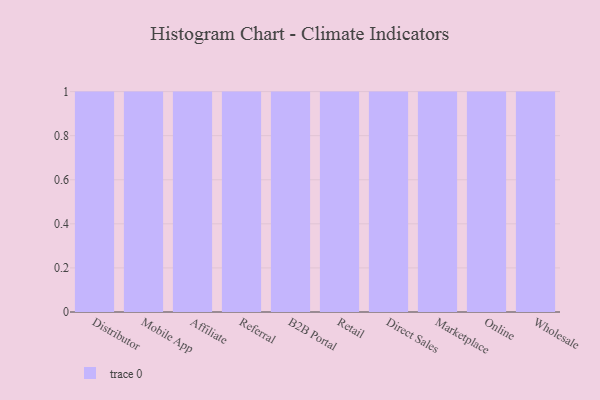
{"axis": {"x": "Channel", "y": "Demand Index"}, "legend": [""], "data": [{"x": "Distributor", "y": 62, "type": ""}, {"x": "Mobile App", "y": 32, "type": ""}, {"x": "Affiliate", "y": 87, "type": ""}, {"x": "Referral", "y": 53, "type": ""}, {"x": "B2B Portal", "y": 99, "type": ""}, {"x": "Retail", "y": 5, "type": ""}, {"x": "Direct Sales", "y": 27, "type": ""}, {"x": "Marketplace", "y": 30, "type": ""}, {"x": "Online", "y": 9, "type": ""}, {"x": "Wholesale", "y": 63, "type": ""}]}